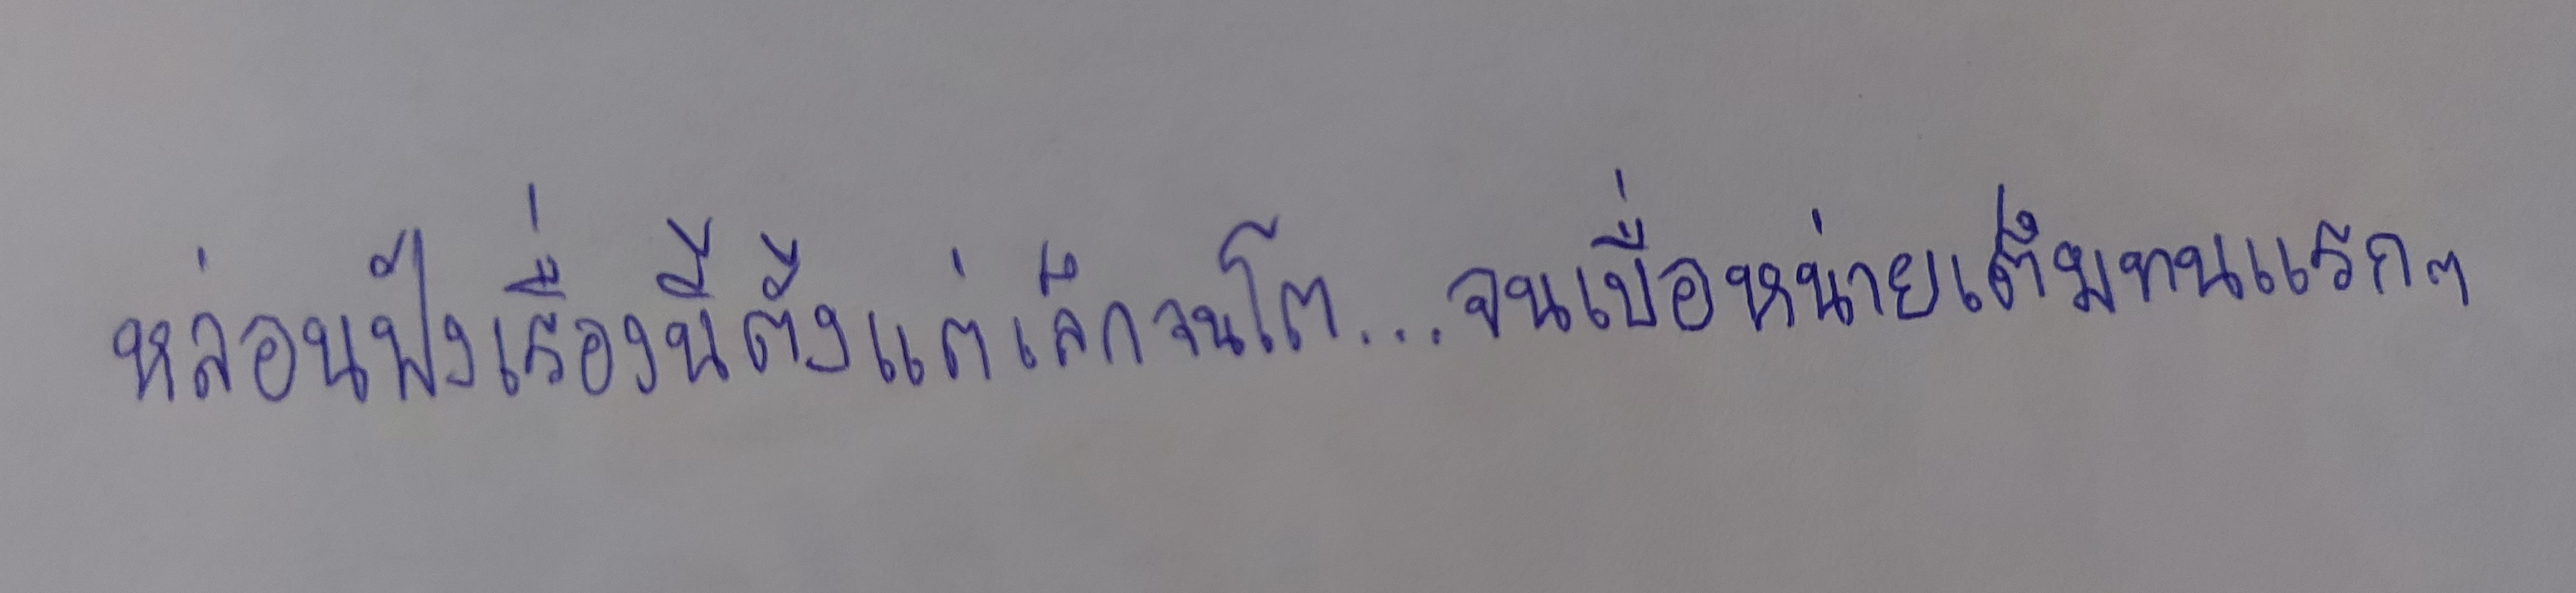
หล่อนฟังเรื่องนี้ตั้งแต่เล็กจนโต...จนเบื่อหน่ายเต็มทนแรกๆ